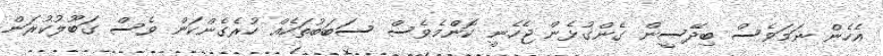
އެހެން ނަމަވެސް ބިދޭސީން ގެންގުޅެން ޖެހެނީ ކޮންމެވެސް ސަބަބުތަކެއް ހުރެގެންކަން ވެސް ގަބޫލުކުރަން